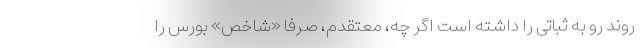
روند رو به ثباتی را داشته است اگر چه، معتقدم، صرفا «شاخص» بورس را